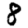
Digit: 8